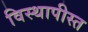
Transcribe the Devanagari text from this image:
विस्थापीस्त